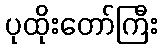
ပုထိုးတော်ကြီး